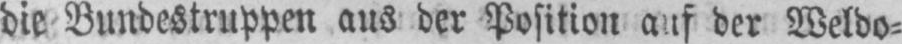
die Bundestruppen aus der Position auf der Weldo⸗